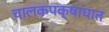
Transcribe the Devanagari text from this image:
चालकपक्षाघात